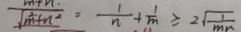
\frac { m + n . } { \sqrt { m ^ { 2 } + n ^ { 2 } } } = \frac { 1 } { n } + \frac { 1 } { m } \geq 2 \sqrt { \frac { 1 } { m n } }